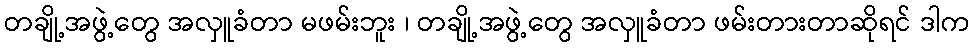
တချို့အဖွဲ့တွေ အလှူခံတာ မဖမ်းဘူး ၊ တချို့အဖွဲ့တွေ အလှူခံတာ ဖမ်းတားတာဆိုရင် ဒါက